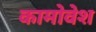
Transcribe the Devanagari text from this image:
कामोवेश